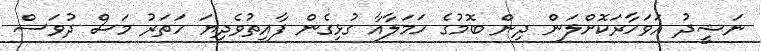
ނަޝީދު އަވަހާރަކޮށްލަން ދިން ބޮމުގެ ހަމަލާއާ ގުޅިގެން ފާއިތުވެދިޔަ ހަތަރު މަސް ދުވަސް